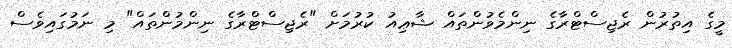
މީގެ އިތުރުން ރެޖިސްޓްރާގެ ނިންމެވުންތައް ޝާޢިއު ކުރުމަށް "ރެޖިސްޓްރާގެ ނިންމުންތައް" މި ނަމުގައިވެސް